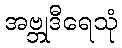
အဗ္ဘုဒီရေသုံ